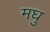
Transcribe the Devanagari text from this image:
मघु